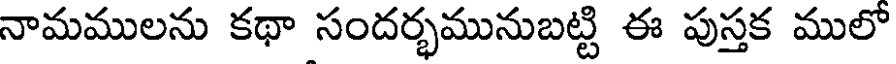
నామములను కథా సందర్భమునుబట్టి ఈ పుస్తక ములో